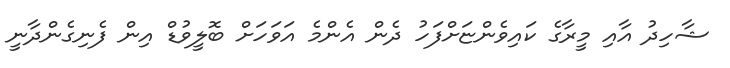
ޝާހިދު އާއި މީރާގެ ކައިވެންޏަށްފަހު ދެން އެންމެ އަވަހަށް ބޮލީވުޑް އިން ފެނިގެންދާނީ